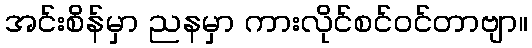
အင်းစိန်မှာ ညနမှာ ကားလိုင်စင်ဝင်တာဗျာ။